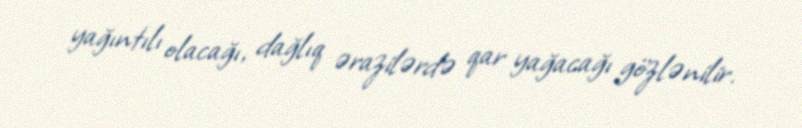
yağıntılı olacağı, dağlıq ərazilərdə qar yağacağı gözlənilir.